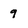
Character: 9